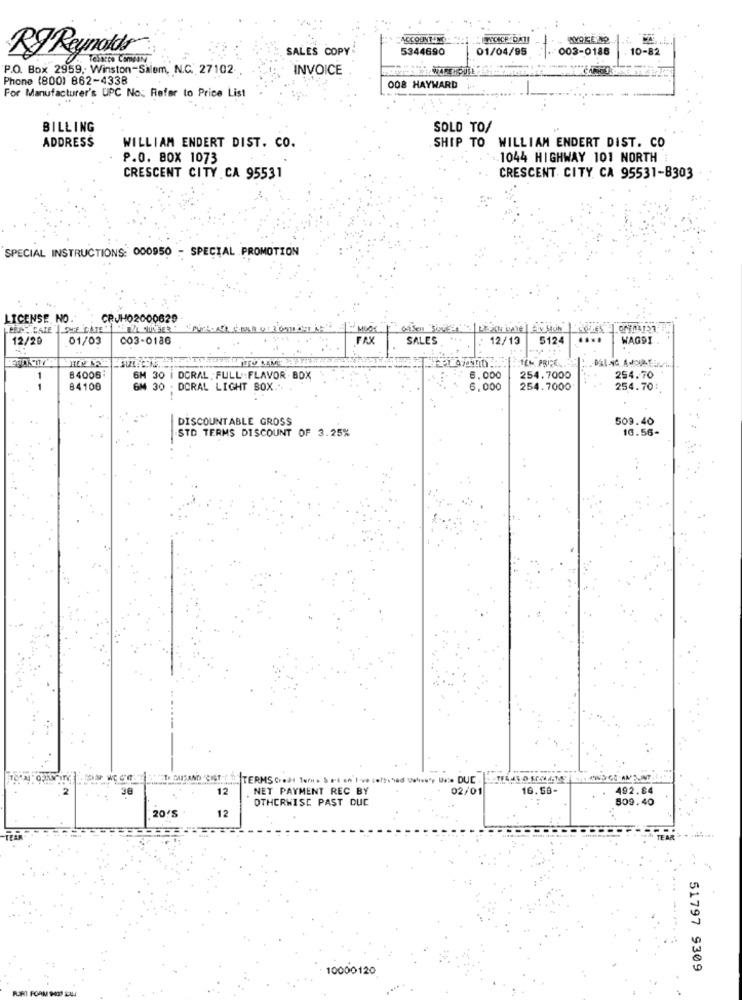
ACCOUNT IN
RJ Reynolds
SALES COPY
5344690
01/04/95
003-0186
10-82
TESSEDO ComBAN
P.O. Box 2959, Winston-Salem, N.C. 27102
INVOICE
Phone (800) 862-4338
008 HAYWARD
For Manufacturer's UPC No. Refer to Price List
BILLING
SOLD TO/
ADDRESS
SHIP TO WILLIAM ENDERT DIST. CO
WILLIAM ENDERT DIST. CO.
P.O. BOX 1073
.. 1044 HIGHWAY 101 NORTH :
CRESCENT CITY CA 95531
CRESCENT CITY, CA 95531-B303
SPECIAL INSTRUCTIONS: 000950 - SPECIAL PROMOTION
LICENSE NO.
CPJH02000629
PETE CATE |LOVE LATE
Viale ( SOM MOOK
12/20
01/03
003-0186
FAX
SALES
12/13
5124
WAGDI
TEM PRIZE
-
84006
6H 30 1 DGRAL FULL :FLAVOR . BOX
6.000
254.7000
254.70
84100
GM 30 . DORAL LIGHT BOX ... .
6,000
254.7000
254.70:
DISCOUNTABLE GROSS
509.40
STD TERMS DISCOUNT OF 3.25%
10.56-
TERMS Credi tors Sal enti ves
38
12
. NET PAYMENT REC BY
02/01
16.58-
492.84
OTHERWISE PAST DUE
509.40
20'S
12
--
10000120
51797 9309